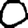
Digit: 0